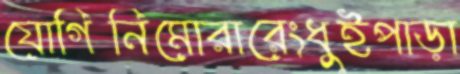
যোগিনিমোরারেংধুইপাড়া